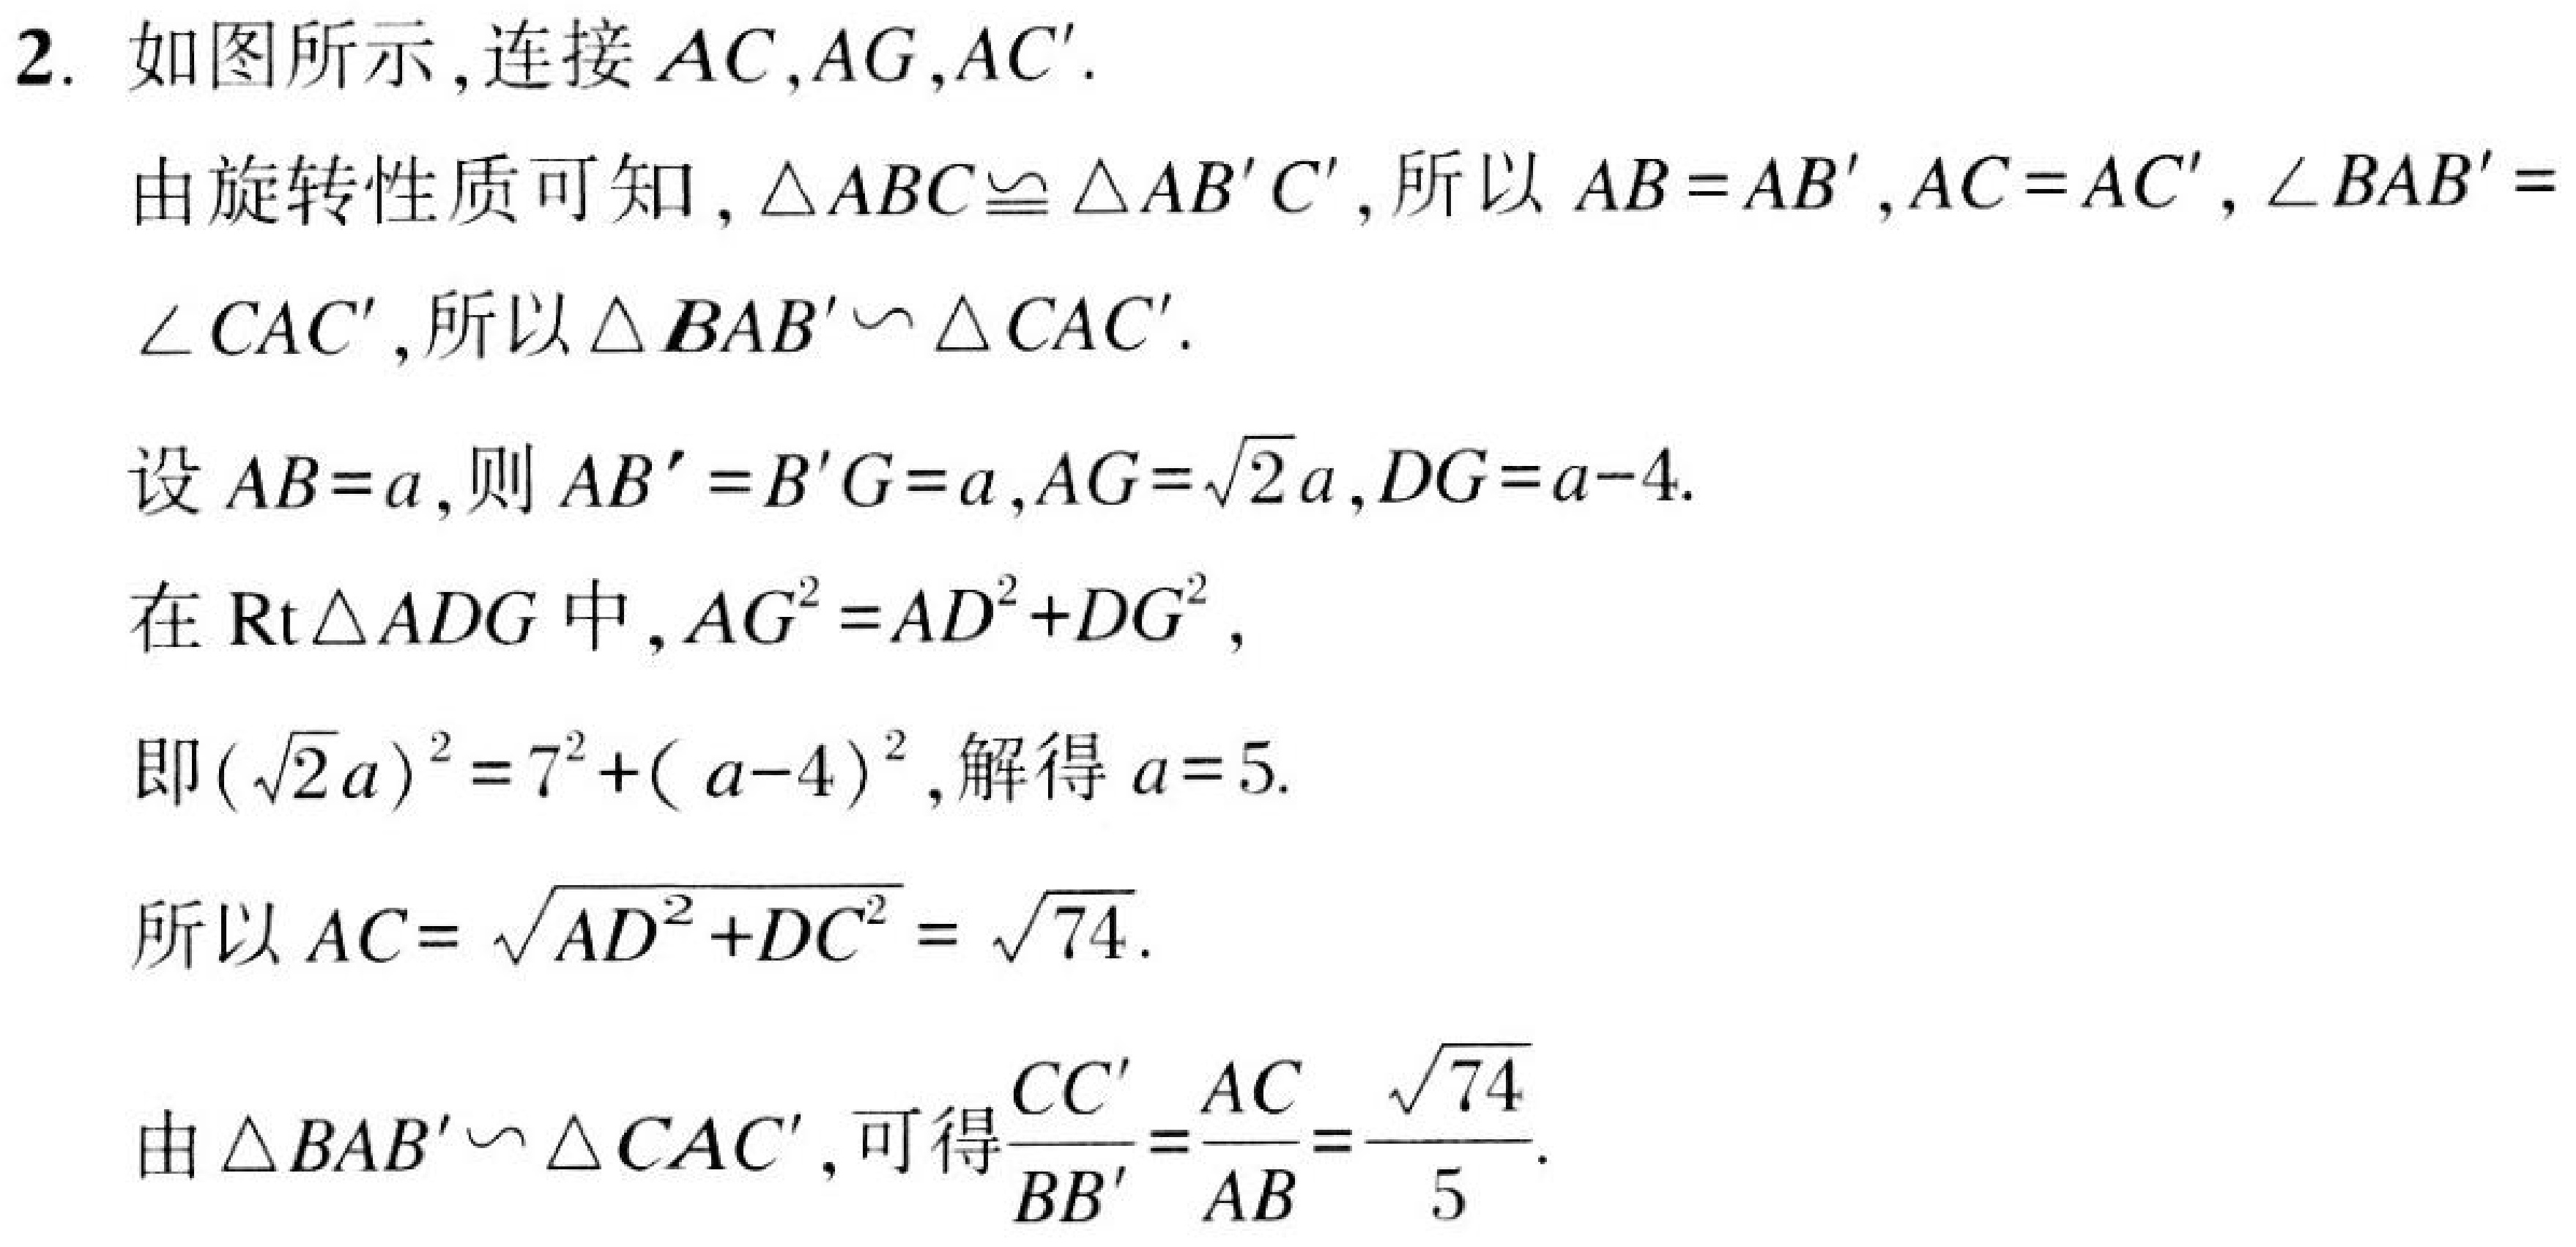
2. 如图所示,连接 \(AC,AG,AC'\).
由旋转性质可知, \(\triangle ABC\cong\triangle AB'C'\), 所以 \(AB = AB'\), \(AC = AC'\), \(\angle BAB'=\angle CAC'\), 所以 \(\triangle BAB'\backsim\triangle CAC'\).
设 \(AB = a\),则 \(AB' = B'G = a\), \(AG=\sqrt{2}a\), \(DG=a - 4\).
在 \(\text{Rt}\triangle ADG\) 中, \(AG^{2}=AD^{2}+DG^{2}\),
即 \((\sqrt{2}a)^{2}=7^{2}+(a - 4)^{2}\), 解得 \(a = 5\).
所以 \(AC=\sqrt{AD^{2}+DC^{2}}=\sqrt{74}\).
由 \(\triangle BAB'\backsim\triangle CAC'\), 可得 \(\dfrac{CC'}{BB'}=\dfrac{AC}{AB}=\dfrac{\sqrt{74}}{5}\).